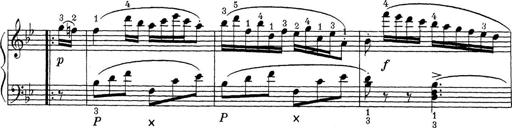
Title: ÄŒeskÃ© Sonatiny
Composer: Various